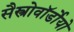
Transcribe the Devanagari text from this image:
सैस्त्रोवॉर्डोयो